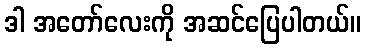
ဒါ အတော်လေးကို အဆင်ပြေပါတယ်။